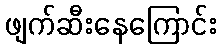
ဖျက်ဆီးနေကြောင်း